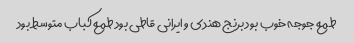
طمع جوجه خوب بود برنج هندی و ایرانی قاطی بود طمع کباب متوسط بود